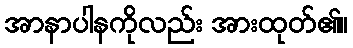
အာနာပါနကိုလည်း အားထုတ်၏။